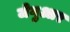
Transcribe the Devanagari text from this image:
जेगुआर